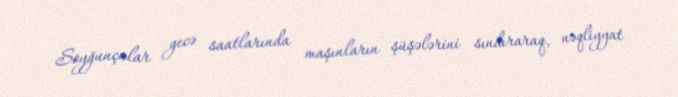
Soyğunçular gecə saatlarında maşınların şüşələrini sındıraraq, nəqliyyat